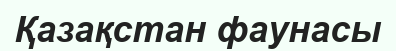
Қазақстан фаунасы